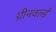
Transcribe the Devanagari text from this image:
ग्रीनवर्ल्ड